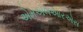
એમએલઆરએસ